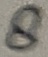
Text: 8